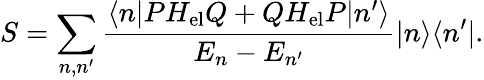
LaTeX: S=\sum_{n,n^{\prime}}\frac{\langle n|PH_{\mathrm{el}}Q+QH_{\mathrm{el}}P|n^{\prime}\rangle}{E_{n}-E_{n^{\prime}}}|n\rangle\langle n^{\prime}|.